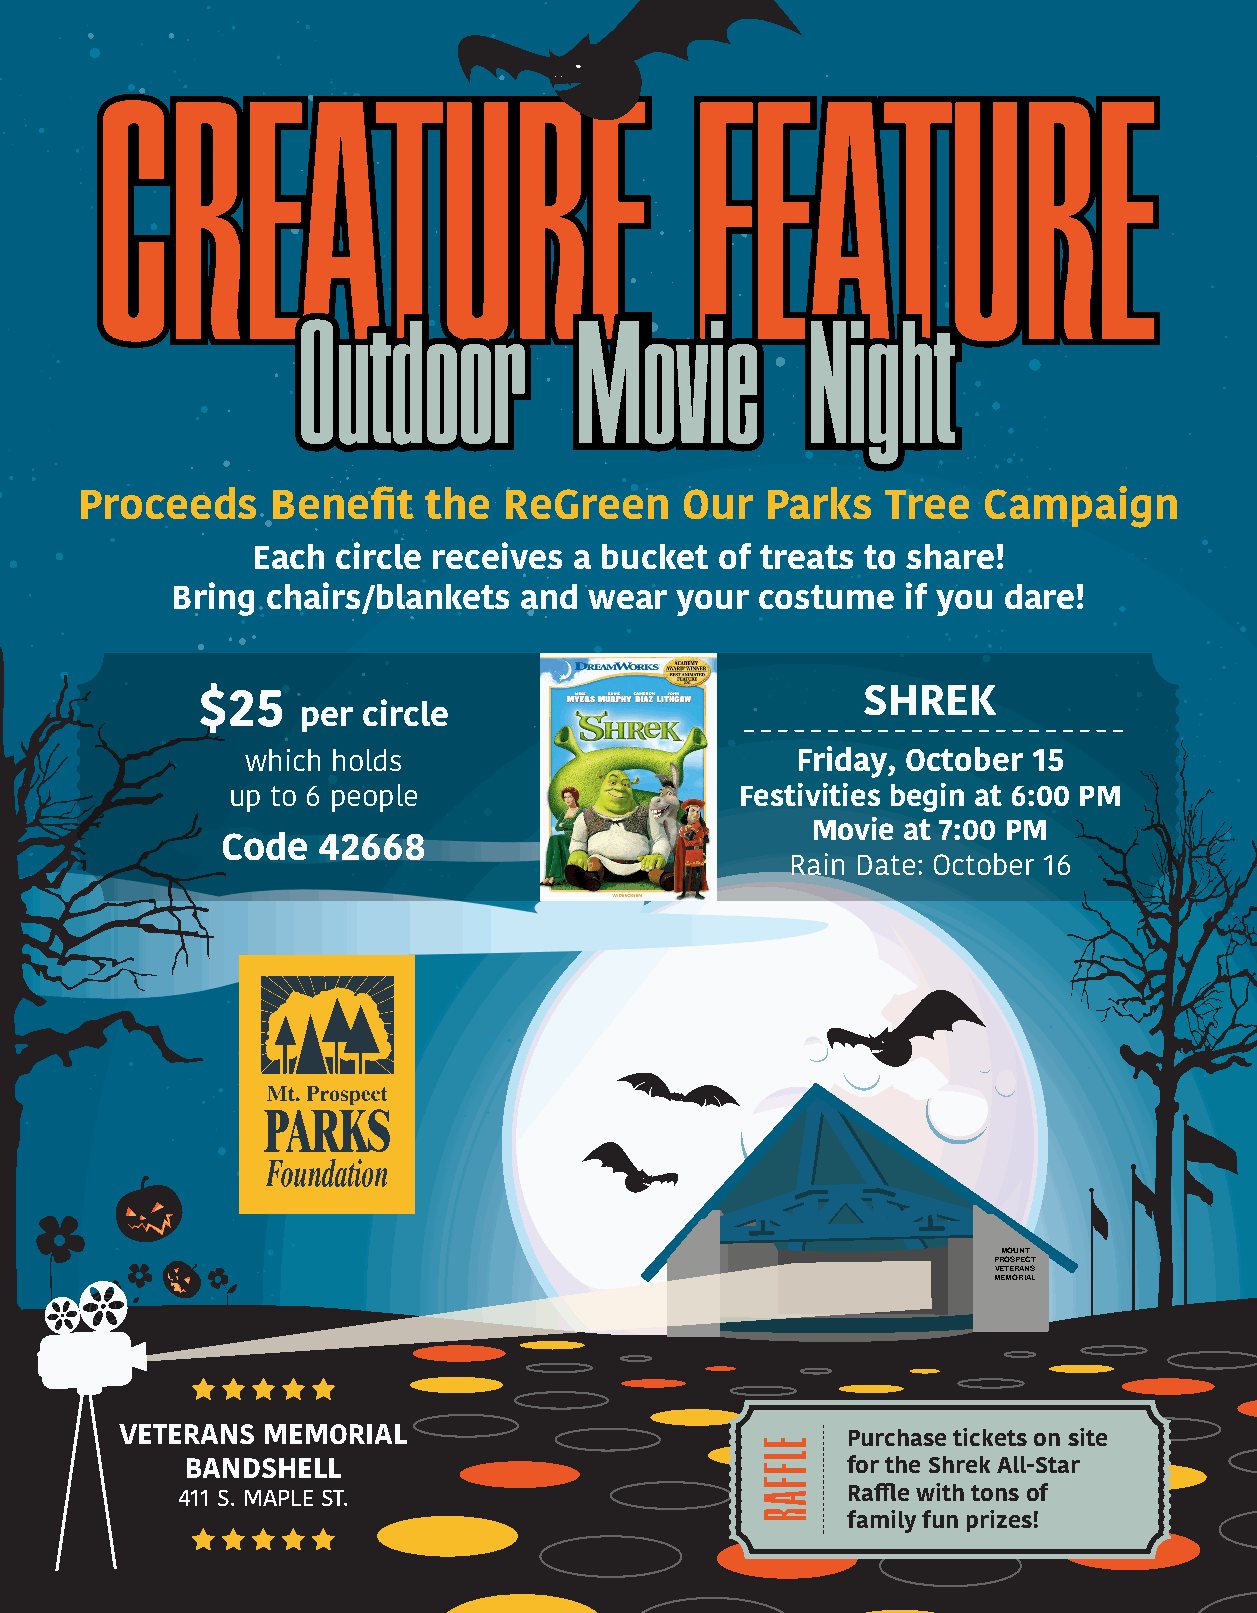
Proceeds     Benefit   the  ReGreen     Our   Parks   Tree  Campaign
 Each circle receives a bucket  of treats to share!
 Bring  chairs/blankets and  wear  your costume   if you dare!
 SHREK
 $25
 per circle
 which holds                          Friday, October 15
 up to 6 people                    Festivities begin at 6:00 PM
 Movie at 7:00 PM
 Code  42668
 Rain Date: October 16
 MOUNT
 PROSPECT
 VETERANS
 MEMORIAL
 VETERANS MEMORIAL                               Purchase tickets on site
 BANDSHELL                                   for the Shrek All-Star
 411 S. MAPLE ST.                            Raffle with tons of
 family fun prizes!
 ELFFAR